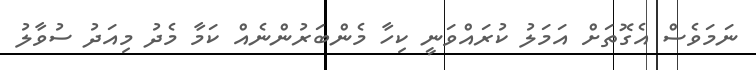
ނަމަވެސް އެގޮތަށް އަމަލު ކުރައްވަނީ ކިހާ މެންބަރުންނެއް ކަމާ މެދު މިއަދު ސުވާލު